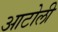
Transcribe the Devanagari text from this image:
आटोली